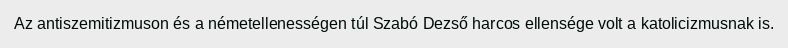
Az antiszemitizmuson és a németellenességen túl Szabó Dezső harcos ellensége volt a katolicizmusnak is.